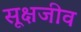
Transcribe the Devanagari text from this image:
सूक्षजीव